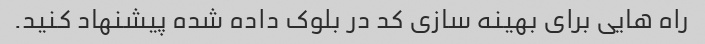
راه هایی برای بهینه سازی کد در بلوک داده شده پیشنهاد کنید.